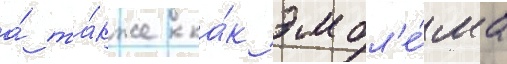
а́ та́кже ка́к эмбл'е́ма